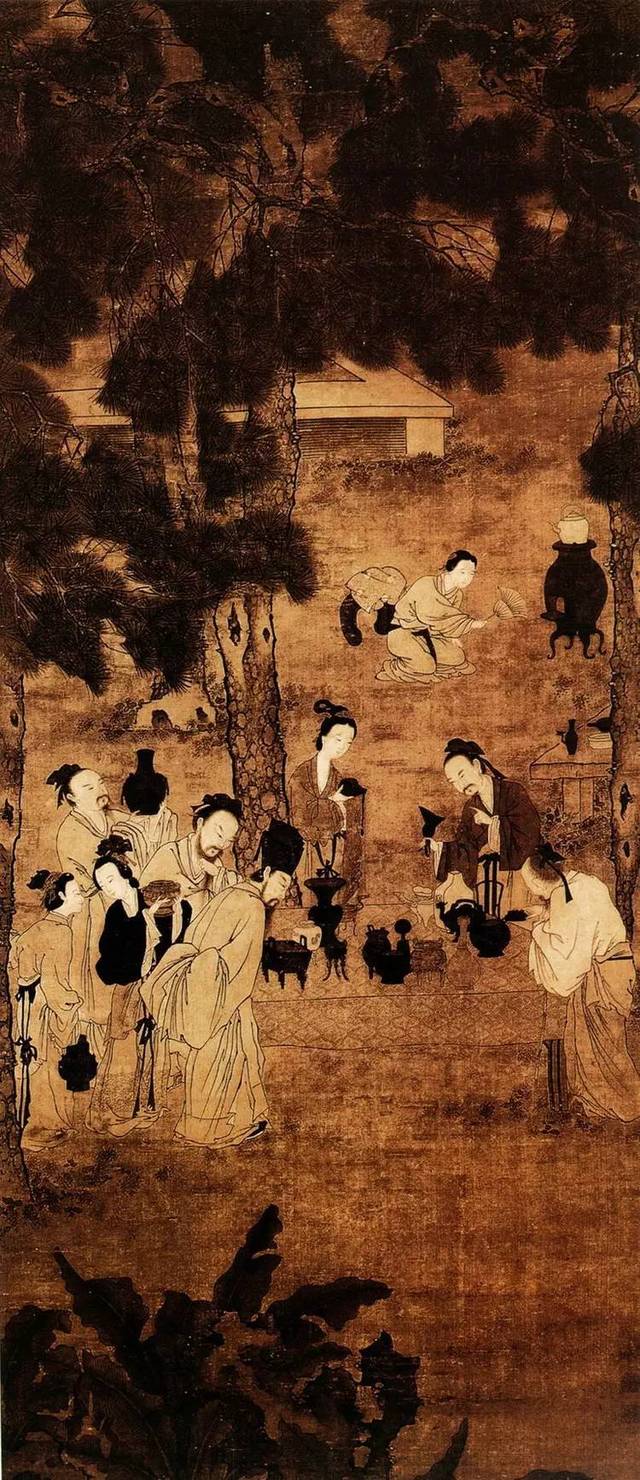
长亭路，年去岁来，应折柔条过千尺。